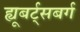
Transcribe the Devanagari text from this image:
ह्यूबर्ट्सबर्ग